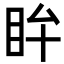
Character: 𥄜